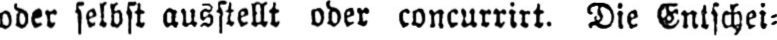
oder selbst ausstellt oder concurrirt. Die Entschei⸗